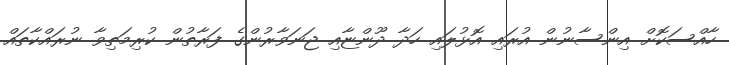
ހާއްސަކޮށް އިންސާނުން އުރައި އޮޅުލައި ހަދާ ދޫންޏާއި ޖަނަވާރުންގެ ފަރާތުން ކުރިމަތިވާ ނުރައްކާތައް